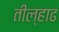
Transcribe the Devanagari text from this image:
तील्हाढ